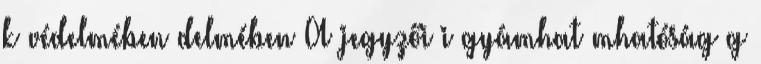
k védelmében delmében A jegyzői i gyámhat mhatóság g